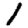
Digit: 1